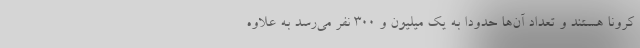
کرونا هستند و تعداد آن‌ها حدودا به یک میلیون و ۳۰۰ نفر می‌رسد به علاوه